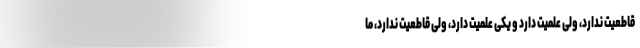
قاطعیت ندارد، ولی علمیت دارد و یکی علمیت دارد، ولی قاطعیت ندارد، ما